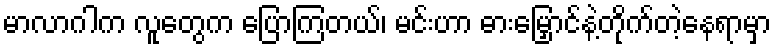
မာလာဂါက လူတွေက ပြောကြတယ်၊ မင်းဟာ ဓားမြှောင်နဲ့တိုက်တဲ့နေရာမှာ